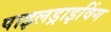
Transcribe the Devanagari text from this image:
पाइलड्राइविंग